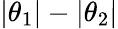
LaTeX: |\theta_{1}|-|\theta_{2}|